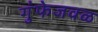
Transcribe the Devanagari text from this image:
गुंफेजवळ